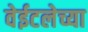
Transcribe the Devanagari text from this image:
वेईटलेच्या